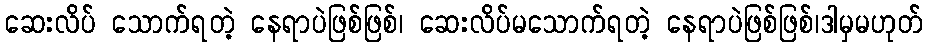
ဆေးလိပ် သောက်ရတဲ့ နေရာပဲဖြစ်ဖြစ်၊ ဆေးလိပ်မသောက်ရတဲ့ နေရာပဲဖြစ်ဖြစ်၊ဒါမှမဟုတ်